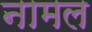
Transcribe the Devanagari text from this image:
नामल